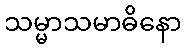
သမ္မာသမာဓိနော